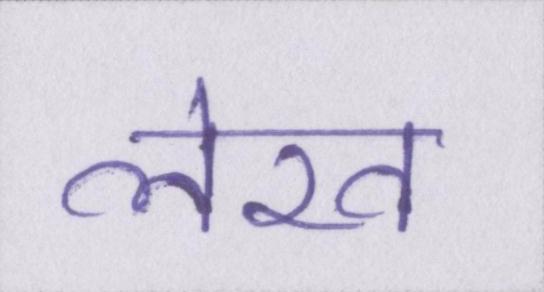
लेख